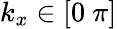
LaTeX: k_{x}\in[0\mathrm{~}\pi]